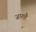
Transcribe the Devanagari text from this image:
जातहै